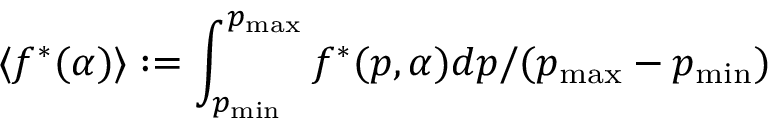
\langle f ^ { * } ( \alpha ) \rangle : = \int _ { p _ { \operatorname* { m i n } } } ^ { p _ { \operatorname* { m a x } } } f ^ { * } ( p , \alpha ) d p / ( p _ { \operatorname* { m a x } } - p _ { \operatorname* { m i n } } )